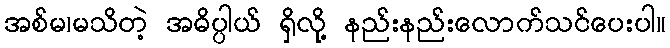
အစ်မ၊မသိတဲ့ အဓိပ္ပါယ် ရှိလို့ နည်းနည်းလောက်သင်ပေးပါ။